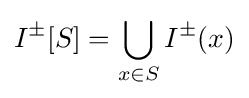
I^{\pm }[S]=\bigcup _{x\in S}I^{\pm }(x)